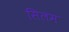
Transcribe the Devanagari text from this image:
सिलम